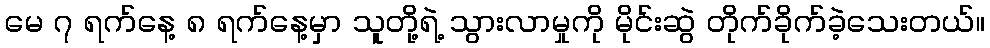
မေ ၇ ရက်နေ့ ၈ ရက်နေ့မှာ သူတို့ရဲ့ သွားလာမှုကို မိုင်းဆွဲ တိုက်ခိုက်ခဲ့သေးတယ်။